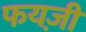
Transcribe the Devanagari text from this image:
फयज़ी